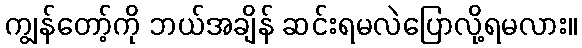
ကျွန်တော့်ကို ဘယ်အချိန် ဆင်းရမလဲပြောလို့ရမလား။